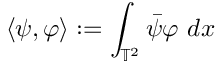
\langle \psi , \varphi \rangle : = \int _ { \mathbb { T } ^ { 2 } } \Bar { \psi } \varphi \ d x